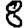
Digit: 8